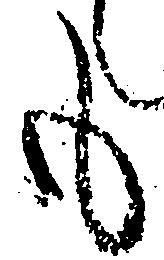
も